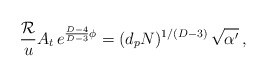
\begin{align*}{{\cal R} \over u} A_t \,e^{{D-4 \over D-3} \phi} =(d_p N)^{1/(D-3)}\,\sqrt{\alpha^\prime}\, ,\end{align*}